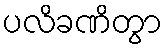
ပလိခဏိတွာ